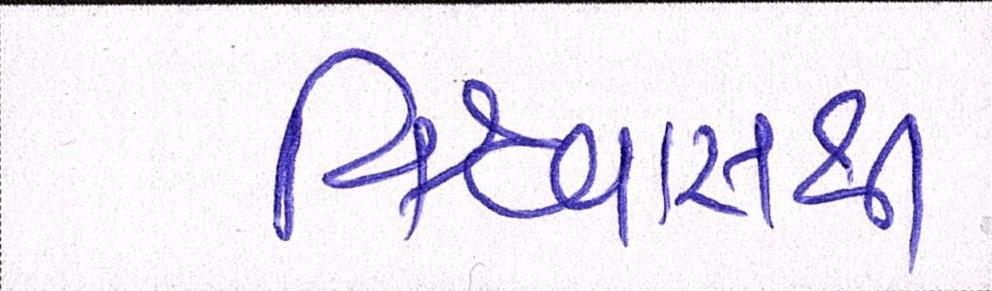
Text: વિશ્વાસથી